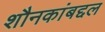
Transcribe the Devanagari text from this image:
शौनकांबद्दल